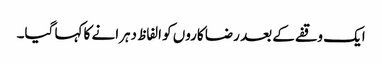
ایک وقفے کے بعد رضا کاروں کو الفاظ دہرانے کا کہا گیا۔